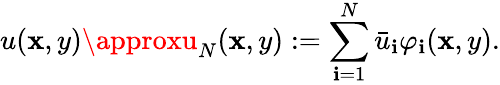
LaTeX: u(\mathbf{x},y)\approxu_{N}(\mathbf{x},y):=\sum_{\mathbf{i}=1}^{N}\bar{{u}}_{\mathbf{i}}\varphi_{\mathbf{i}}(\mathbf{x},y).